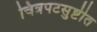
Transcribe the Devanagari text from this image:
चित्रपटसुष्टीत